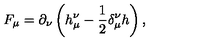
F _ { \mu } = \partial _ { \nu } \left( h _ { \mu } ^ { \nu } - \frac 1 2 \delta _ { \mu } ^ { \nu } h \right) ,